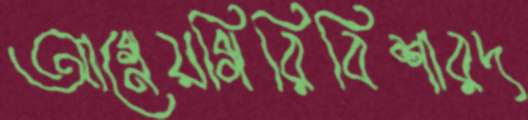
আগ্নেয়গিরিবিশারদ